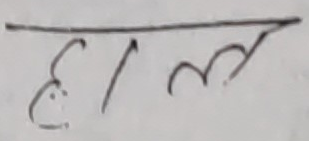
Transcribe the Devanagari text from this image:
हाल्